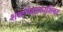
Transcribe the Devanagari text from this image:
शब्दभेदप्रकाशिका